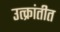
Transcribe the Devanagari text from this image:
उत्क्रांतीत